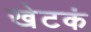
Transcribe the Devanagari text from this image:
खेटकं